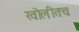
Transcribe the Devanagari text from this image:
खोलीतच